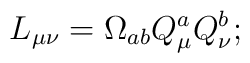
L_{\mu \nu }=\Omega _{ab}Q_{\mu }^{a}Q_{\nu }^{b};